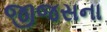
જીજસના